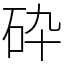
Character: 砕